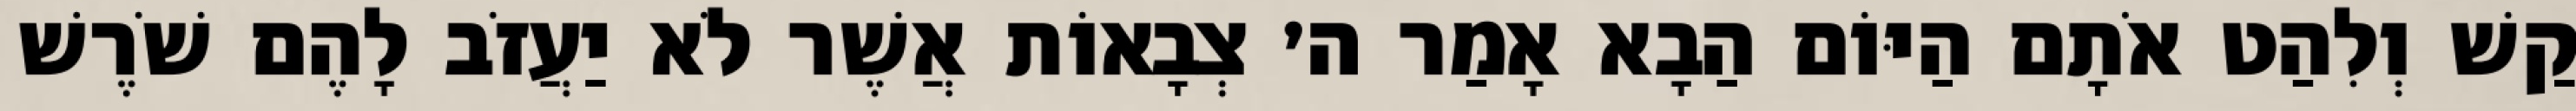
קַשׁ וְלִהַט אֹתָם הַיּוֹם הַבָא אָמַר ה׳ צְבָאוֹת אֲשֶׁר לֹא יַעֲזֹב לָהֶם שֹׁרֶשׁ